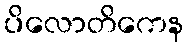
ပိလောတိကေန